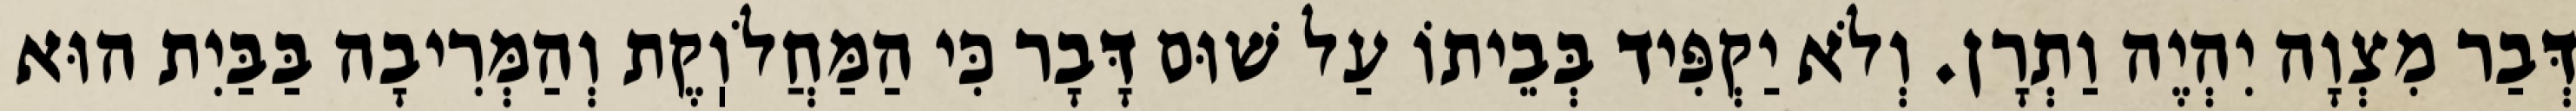
דְּבַר מִצְוָה יִהְיֶה וַתְרָן. וְלֹא יַקְפִּיד בְּבֵיתוֹ עַל שׁוּם דָּבָר כִּי הַמַּחֲלֹוֽקֶת וְהַמְּרִיבָה בַּבַּיִת הוּא